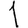
Digit: 1